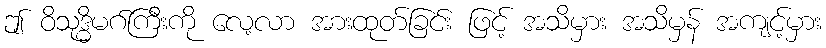
ဤ ဝိသုဒ္ဓိမဂ်ကြီးကို လေ့လာ အားထုတ်ခြင်း ဖြင့် အသိမှား အသိမှန် အကျင့်မှား